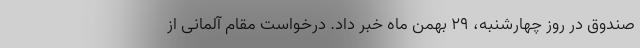
صندوق در روز چهارشنبه، ۲۹ بهمن ماه خبر داد. درخواست مقام آلمانی از